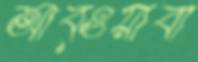
আব্ওয়াবা